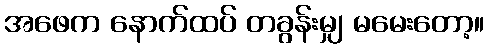
အဖေက နောက်ထပ် တခွန်းမျှ မမေးတော့။